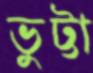
ভুট্টা